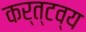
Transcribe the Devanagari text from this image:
कर्त्टव्य